Madras plague regulations and rules - Volume 1
Disease focus: Plague
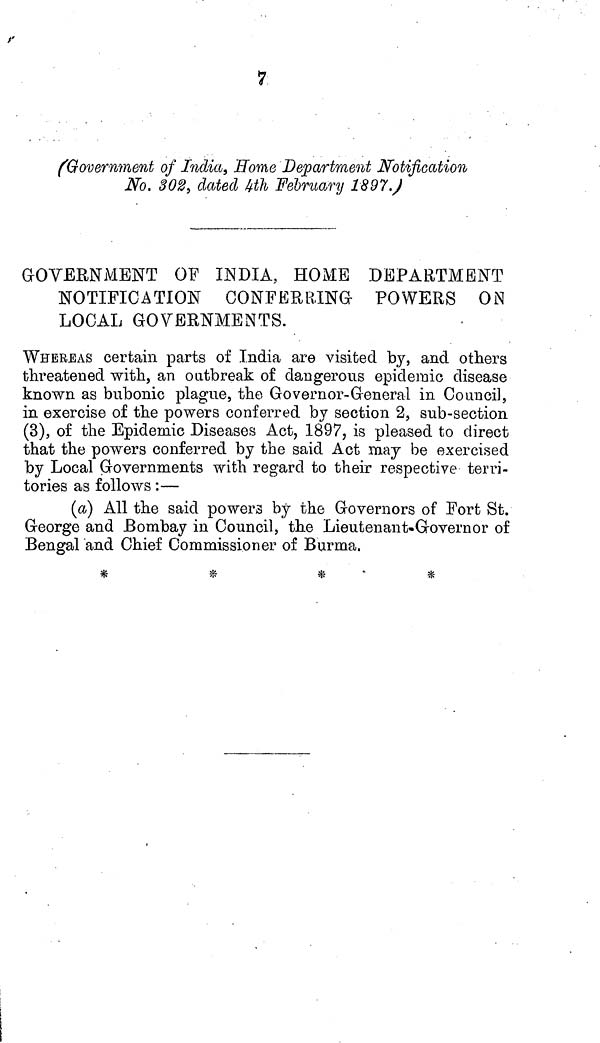
7
{Government of India, Home Department Notification
No. 302, dated 4th February 1897.)
GOVERNMENT OF INDIA, HOME DEPARTMENT
NOTIFICATION CONFERRING- POWERS ON
LOCAL GOVERNMENTS.
WHEREAS certain parts of India are visited by, and others
threatened with, an outbreak of dangerous epidemic disease
known as bubonic plague, the Governor-General in Council,
in exercise of the powers conferred by section 2, sub-section
(3), of the Epidemic Diseases Act, 1897, is pleased to direct
that the powers conferred by the said Act may be exercised
by Local Governments with regard to their respective terri-
tories as follows:—
(a) All the said powers by the Governors of Fort St.
George and Bombay in Council, the Lieutenant-Governor of
Bengal and Chief Commissioner of Burma.
*
*
*
*